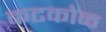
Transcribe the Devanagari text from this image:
कटकोळ